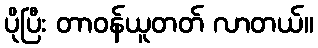
ပိုပြီး တာဝန်ယူတတ် လာတယ်။